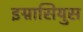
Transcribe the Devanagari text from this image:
इग्नासियुस